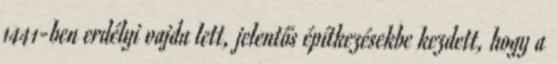
1441-ben erdélyi vajda lett, jelentős építkezésekbe kezdett, hogy a